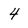
Character: 4